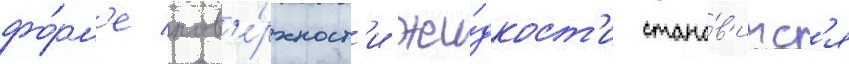
фо́рм'е пов'е́рхност'и жи́дкост'и стано́в'итс'я